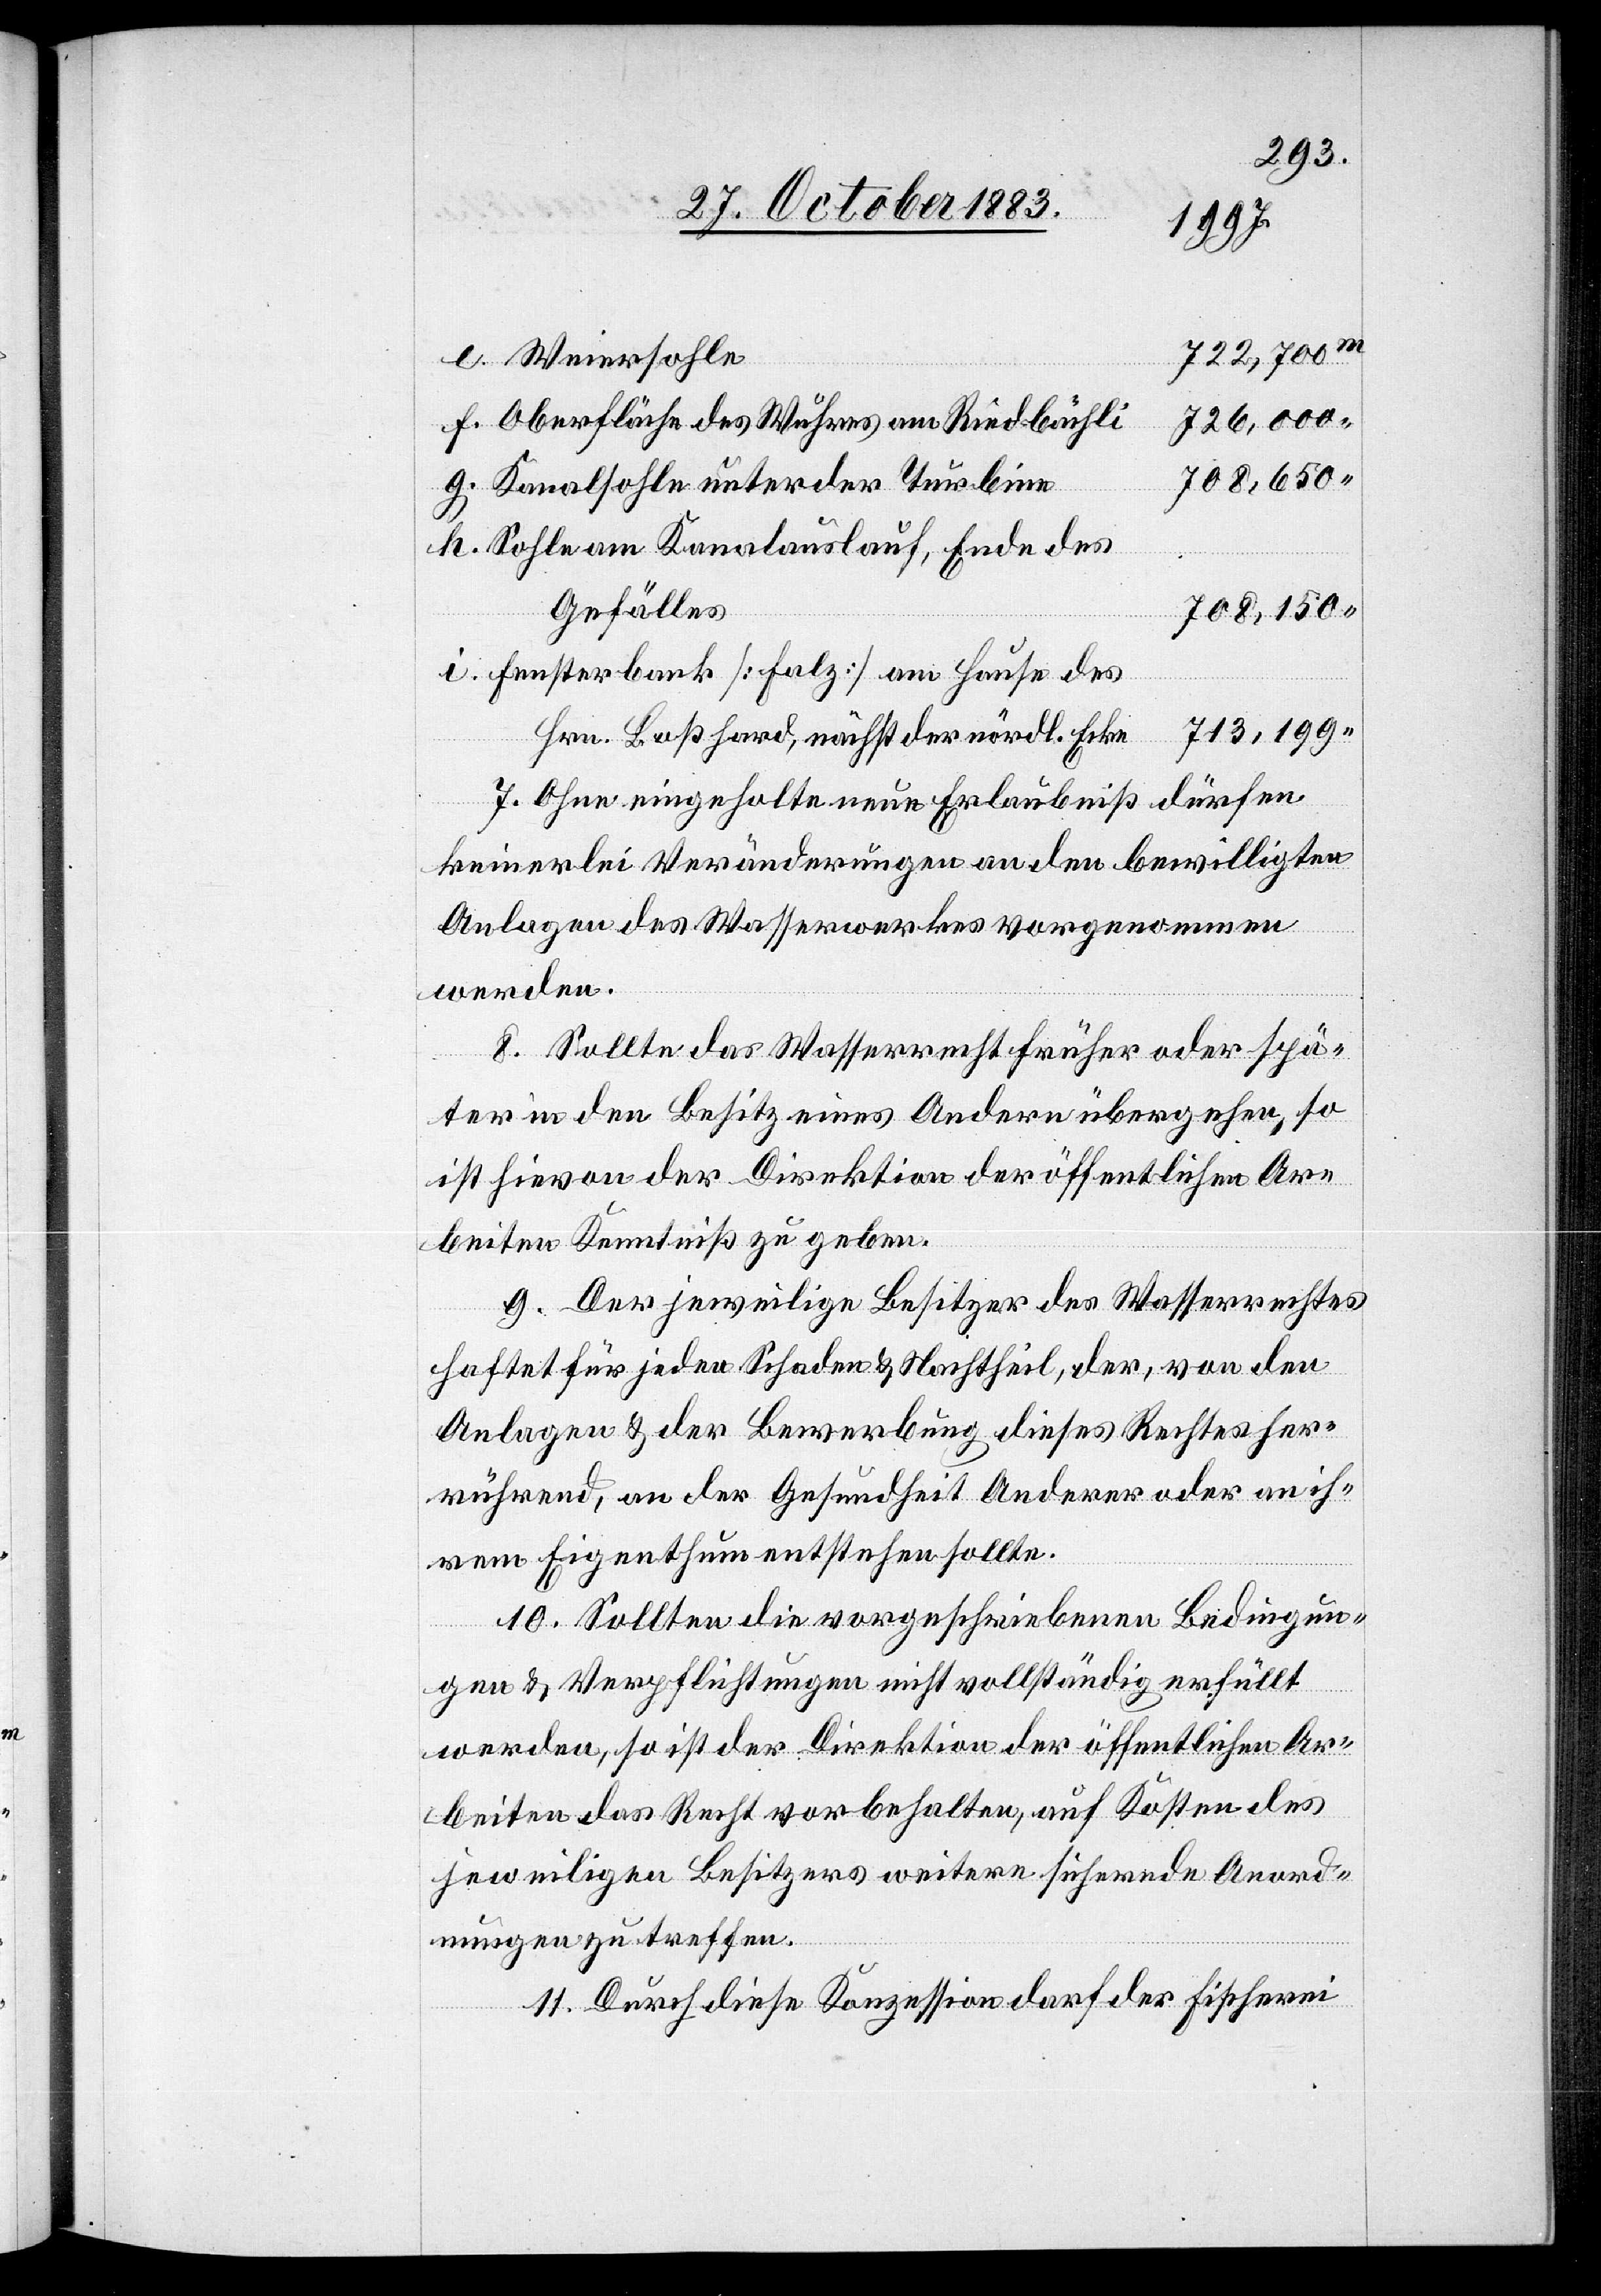
722,700
Oberfläche des Wuhres am Riedbächli
726,000
708,650
Kanalsohle unter der Turbine
Sohle am Kanalauslauf, Ende des
Gefälles
708,150
Fensterbank [Falz] am Hause des
713,199
“
Hrn. Boßhard, nächst der nördl. Ecke
dürfen
7. Ohne eingeholte neue Erlaubniß
keinerlei Veränderungen an den bewilligten
Anlagen des Wasserwerkes vorgenommen
werden.
8. Sollte das Wasserrecht früher oder spä¬
ter in den Besitz eines Andern übergehen, so
ist hievon der Direktion der öffentlichen Ar¬
beiten Kenntniß zu geben.
9. Der jeweilige Besitzer des Wasserrechtes
haftet für jeden Schaden & Nachtheil, der, von den
Anlagen & der Bewerbung dieses Rechtes her¬
rührend, an der Gesundheit Anderer oder an ih¬
rem Eigenthum entstehen sollte.
10. Sollten die vorgeschriebenen Bedingun¬
Weiersohle
gen & Verpflichtungen nicht vollständig erfüllt
werden, so ist der Direktion der öffentlichen Ar¬
beiten das Recht vorbehalten, auf Kosten des
jeweiligen Besitzers weitere sichernde Anord¬
nungen zu treffen.
11. Durch diese Konzession darf der Fischerei